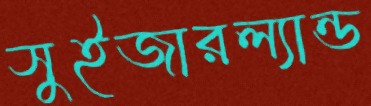
সুইজারল্যান্ড